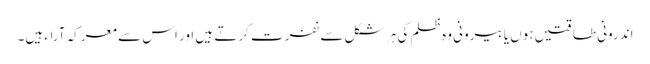
اندرونی طاقتیں ہوں یا بیرونی وہ ظلم کی ہر شکل سے نفرت کرتے ہیں اور اس سے معرکہ آراء ہیں۔